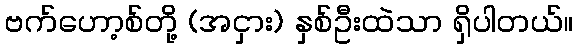
ဗက်ဟော့စ်တို့ (အငှား) နှစ်ဦးထဲသာ ရှိပါတယ်။